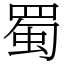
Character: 蜀